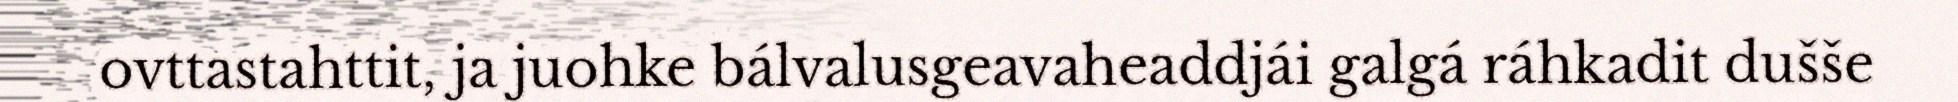
ovttastahttit, ja juohke bálvalusgeavaheaddjái galgá ráhkadit dušše